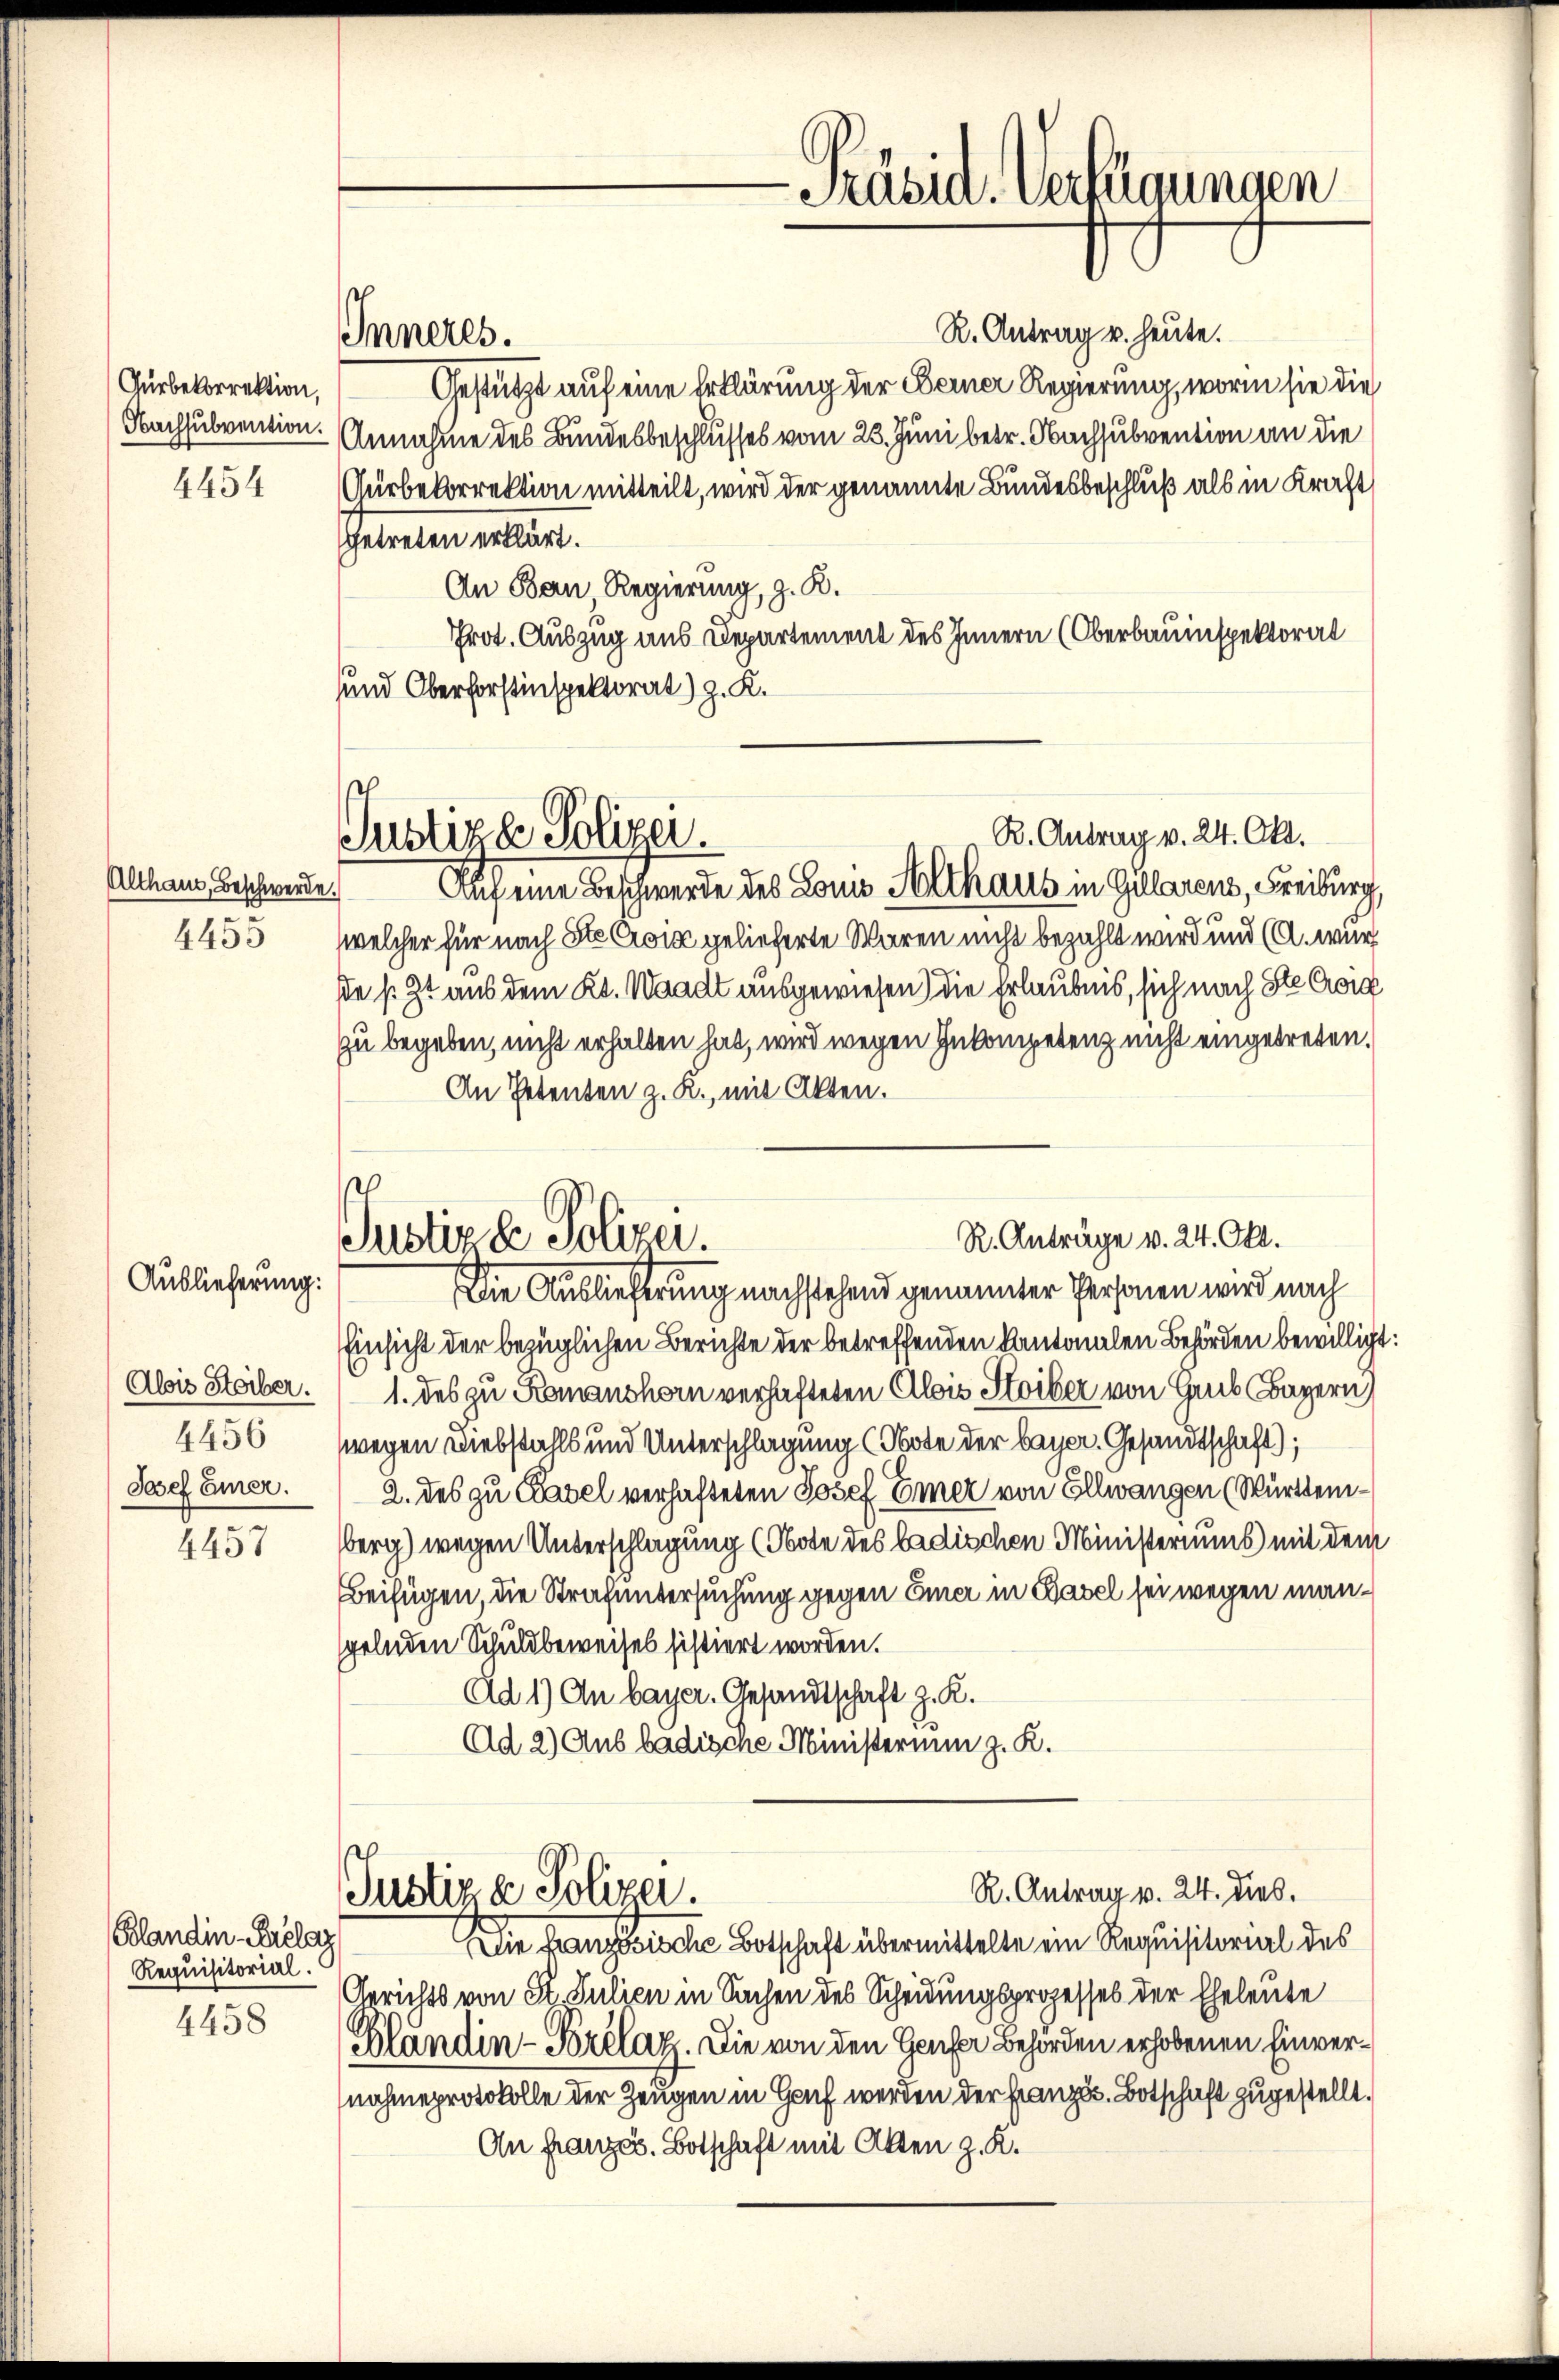
Gürbekorrektion,
Nachsubvention.

4454

Althaus, Beschwerde.
4455

Auslieferung:
Alsis Steiber.
4456
Josef Einer.

4457

Plandin Erelaz
Requisitorial.
4458

R. Antrag u. heute.
Gestützt auf eine Erklärung der Berner Regierung, worin sie die
Annahme des Bundesbeschlusses vom 23. Juni betr. Nachsubvention an die
.
Ausbekorrektion mitteilt, wird der genannte Bundesbeschluß als in Kraft
Getreten erklärt.
An Bau Regierung, z. R.
Prot. Auszug aus Departement des Innern (Oberbauinspektoral
und Oberforstinspektorat) z. K.

Inneres.

R. Antrag v. 24. Okt.
Justiza Polizei.
Auf eine Beschwerde des Lon Althaus in Zularens, Freiburg,

R. Anträge v. 24. Okt.
Justiz & Polizei.

welcher für nach Ste Croi gelieferte Waren nicht bezahlt wird und (A. wurd
de s. Zt. aus dem Kt. Waadt ausgewiesen) die Erlaubnis, sich nach Ste Cor
zu begeben, nicht erhalten hat, wird wegen Inkompetenz nicht eingetreten.
An Petenten z. R., mit Akten.
Die Auslieferung nachstehend genannter Personen wird nach
Einsicht der bezüglichen Berichte der betreffenden Kantonalen Behörden bewilligt:
1. des zu Romanshorn verhafteten Alois Stoiber von Haus Bayern,
wegen Diebstalls und Unterschlagung (Note der bayer. Gesandtschaft);
2. des zu Kavel verhafteten Josef Emer von Ellwangen (Württemberg) wegen Unterschlagung (Obote des badischen Ministeriums mit dem
Beifügen, die Strafuntersuchung gegen Einer in Basel sei wegen mangelnden Schuldbeweises sistiert worden.
Ad 1) Au bayer. Gesandtschaft z. K.
Ad 2) Aus badische Ministerium z. K.

-Präsid. Verfügungen

Die Französische Botschaft übermittelte ein Requisitorial des
Gerichts von St. Julien in Sachen des Scheidungsprozesses der Eheleute
Phlandin-Porélat. Die von den Genfer Behörden erhobenen Einvernahmeprotokolle der Zeugen in Genf werden der Französ. Botschaft zugestellt.
An Französ. Botschaft mit Akten z. K.

R. Antrag v. 24. dies.
Justiz & Polizei.